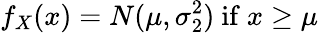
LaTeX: f_{X}(x)=N(\mu,\sigma_{2}^{2}){\mathrm{~if~}}x\geq\mu